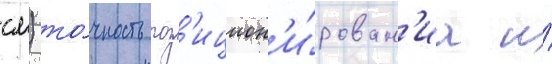
см) то́чность поз'ицион'и́рован'иа и́